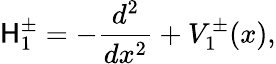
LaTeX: \mathsf{H}_{1}^{\pm}=-\frac{{d^{2}}}{{dx^{2}}}+V_{1}^{\pm}(x),